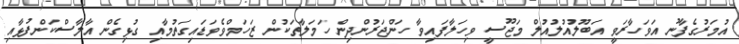
އުމަރުގެފާނު އަވަހާރަވީ އަބޫލުއުލުއުލް މަޖޫސީ ވިހަލާފައިވާ ހަންޖަރުންދިން ހަމަލާތަކުން ޒަހަމްވެވަޑައިގަތުމާއި ގުޅިގެން އާލާސްކަންފުޅާއި